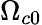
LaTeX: \Omega_{c0}